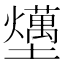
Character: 𡓧